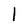
Character: 1